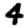
Digit: 4